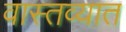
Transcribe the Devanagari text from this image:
वास्‍तव्‍यात